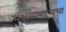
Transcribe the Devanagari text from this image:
नक्षत्राबद्दलचा